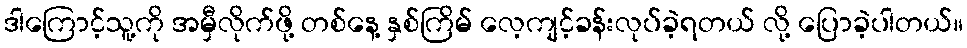
ဒါကြောင့်သူ့ကို အမှီလိုက်ဖို့ တစ်နေ့ နှစ်ကြိမ် လေ့ကျင့်ခန်းလုပ်ခဲ့ရတယ် လို့ ပြောခဲ့ပါတယ်။